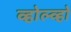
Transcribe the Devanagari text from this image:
व्होल्व्हो